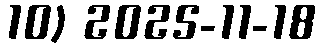
10) 2025-11-18